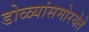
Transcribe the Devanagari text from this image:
डोळ्यांसमोरयेते